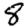
Digit: 8